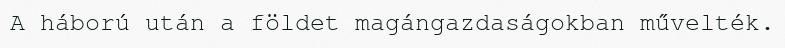
A háború után a földet magángazdaságokban művelték.